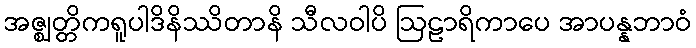
အဇ္ဈတ္တိကရူပါဒိနိဿိတာနိ သီလဝါပိ ဩဠာရိကာပေ အာပန္နဘာဝံ